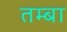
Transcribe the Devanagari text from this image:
तम्बा